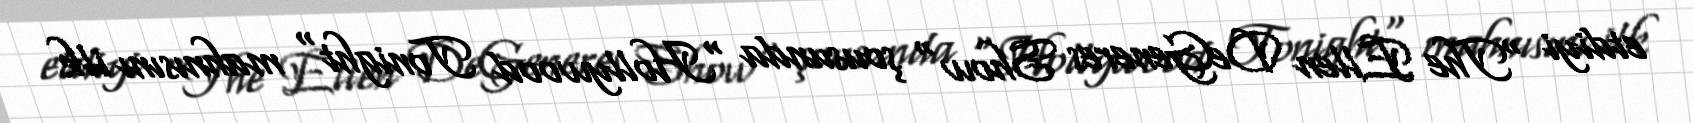
etdiyi "The Ellen DeGeneres Show" şousunda "Hollywood Tonight" mahnısını ilk